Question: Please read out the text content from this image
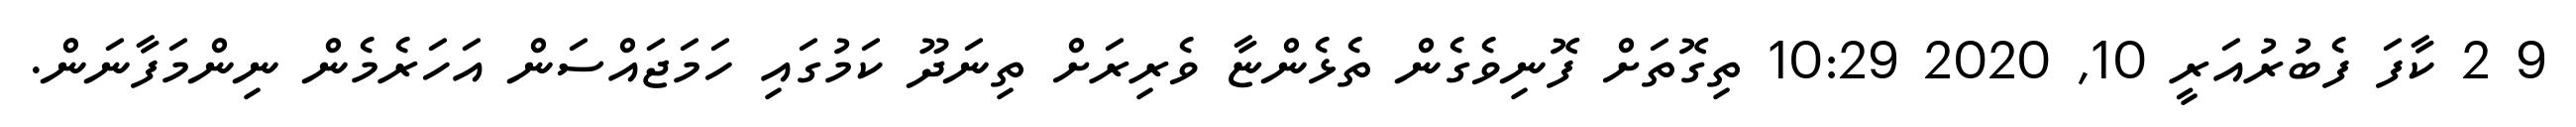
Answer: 9 2 ކާފަ ފެބުރުއަރީ 10, 2020 10:29 ތިގޮތަށް ފޮނިވެގެން ތެޅެންޏާ ވެރިރަށް ތިނަދޫ ކަމުގައި ހަމަޖައްސަން އަހަރެމެން ނިންމަފާނަން.